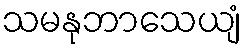
သမနုဘာသေယျံ